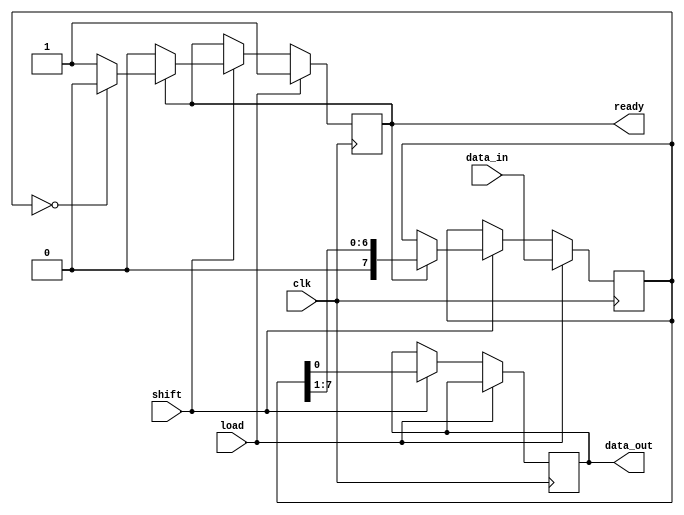
module PISO_Registers #(
    parameter n = 8 // Parameter to define the width of the register
)(
    input wire clk,                // Clock signal
    input wire load,               // Load control signal
    input wire shift,              // Shift control signal
    input wire [n-1:0] data_in,    // Parallel input data
    output reg data_out,           // Serial output data
    output reg ready               // Ready signal
);

    reg [n-1:0] shift_reg;         // Shift register to hold the input data
    integer index;                 // Index for shifting data

    always @(posedge clk) begin
        if (load) begin
            // Load data into the shift register
            shift_reg <= data_in;
            ready <= 1'b1;         // Set ready signal when data is loaded
        end else if (shift) begin
            if (ready) begin
                // Shift out the data
                data_out <= shift_reg[0]; // Output LSB
                // Shift the register to the right
                shift_reg <= {1'b0, shift_reg[n-1:1]};
                
                // Check if the register has shifted out all bits
                if (shift_reg == 0) begin
                    ready <= 1'b0; // Clear ready signal when done
                end
            end else begin
                data_out <= shift_reg[0]; // Keep outputting the last bit
            end
        end else begin
            ready <= ready; // Maintain the current state of ready when not loading or shifting
        end
    end

endmodule